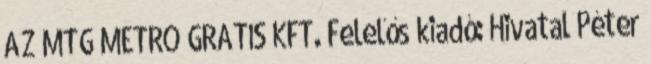
AZ MTG METRO GRATIS KFT. Felelős kiadó: Hivatal Péter